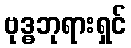
ဗုဒ္ဓဘုရားရှင်